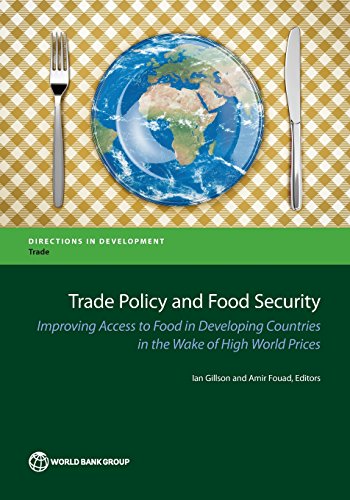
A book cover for Trade Policy and Food Security: Improving Access to Food in Developing Countries in the Wake of High World Prices (Directions in Development); Business & Money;